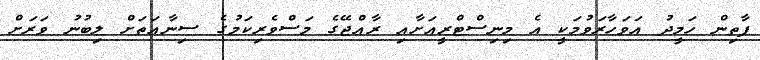
ފާތިން ހަމީދު އަވަހާރަވުމަކީ އެ މިނިސްޓްރީއަށާއި ރާއްޖޭގެ މަސްވެރިކަމުގެ ސިނާއަތަށް ލިބުނު ވަރަށް